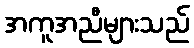
အကူအညီများသည်